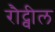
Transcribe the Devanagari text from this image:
रौट्वील